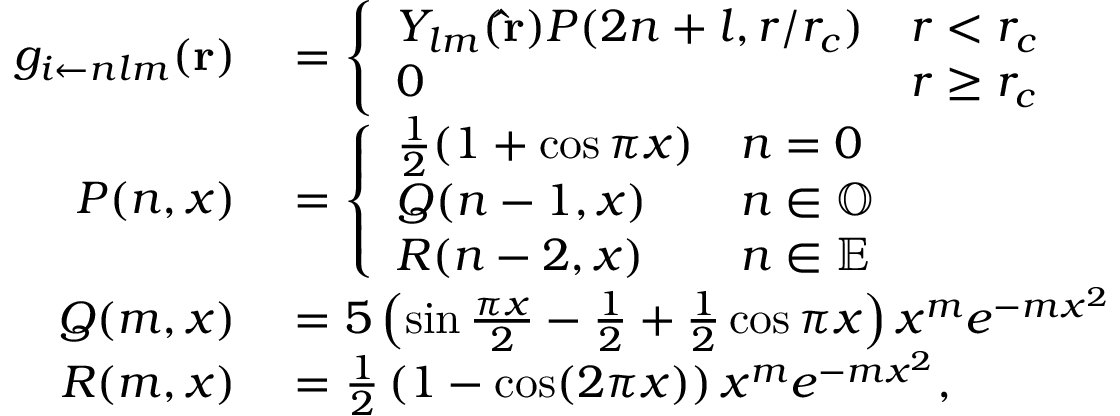
\begin{array} { r l } { g _ { i \leftarrow n l m } ( \mathbf { r } ) } & { { } = \left\{ \begin{array} { l l } { Y _ { l m } ( \mathbf { \hat { r } } ) P ( 2 n + l , r / r _ { c } ) } & { r < r _ { c } } \\ { 0 } & { r \ge r _ { c } } \end{array} \right. } \\ { P ( n , x ) } & { { } = \left\{ \begin{array} { l l } { \frac { 1 } { 2 } ( 1 + \cos \pi x ) } & { n = 0 } \\ { Q ( n - 1 , x ) } & { n \in \mathbb { O } } \\ { R ( n - 2 , x ) } & { n \in \mathbb { E } } \end{array} \right. } \\ { Q ( m , x ) } & { { } = 5 \left( \sin \frac { \pi x } { 2 } - \frac { 1 } { 2 } + \frac { 1 } { 2 } \cos \pi x \right) x ^ { m } e ^ { - m x ^ { 2 } } } \\ { R ( m , x ) } & { { } = \frac { 1 } { 2 } \left( 1 - \cos ( 2 \pi x ) \right) x ^ { m } e ^ { - m x ^ { 2 } } , } \end{array}